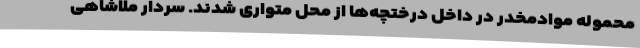
محموله موادمخدر در داخل درختچه‌ها از محل متواری شدند. سردار ملاشاهی